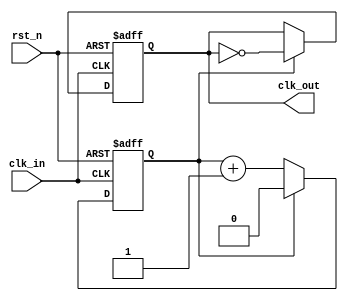
module clk_divider #(
    parameter N = 2  // Division factor, default is 2
)(
    input wire clk_in,      // Input clock signal
    input wire rst_n,       // Asynchronous active-low reset
    output reg clk_out      // Output clock signal
);

    // Counter to keep track of clock cycles
    reg [$clog2(N)-1:0] counter; // Counter width based on N

    // Always block triggered on the rising edge of clk_in or falling edge of rst_n
    always @(posedge clk_in or negedge rst_n) begin
        if (!rst_n) begin
            // Reset condition
            counter <= 0;
            clk_out <= 0;
        end else begin
            // Increment the counter
            if (counter == (N - 1)) begin
                // Toggle the output clock
                clk_out <= ~clk_out;
                counter <= 0; // Reset counter
            end else begin
                counter <= counter + 1; // Increment counter
            end
        end
    end

endmodule